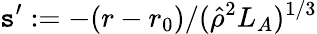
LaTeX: \mathtt{s}^{\prime}:=-(r-r_{0})/(\hat{{\rho}}^{2}L_{A})^{1/3}